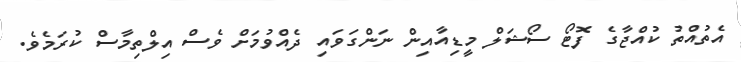
އެތުއްތު ކުއްޖާގެ ފޮޓޯ ސޯޝަލް މީޑިއާއިން ނަންގަވައި ދެއްވުމަށް ވެސް އިލްތިމާސް ކުރަމެވެ.